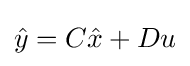
{\hat {y}}=C{\hat {x}}+Du